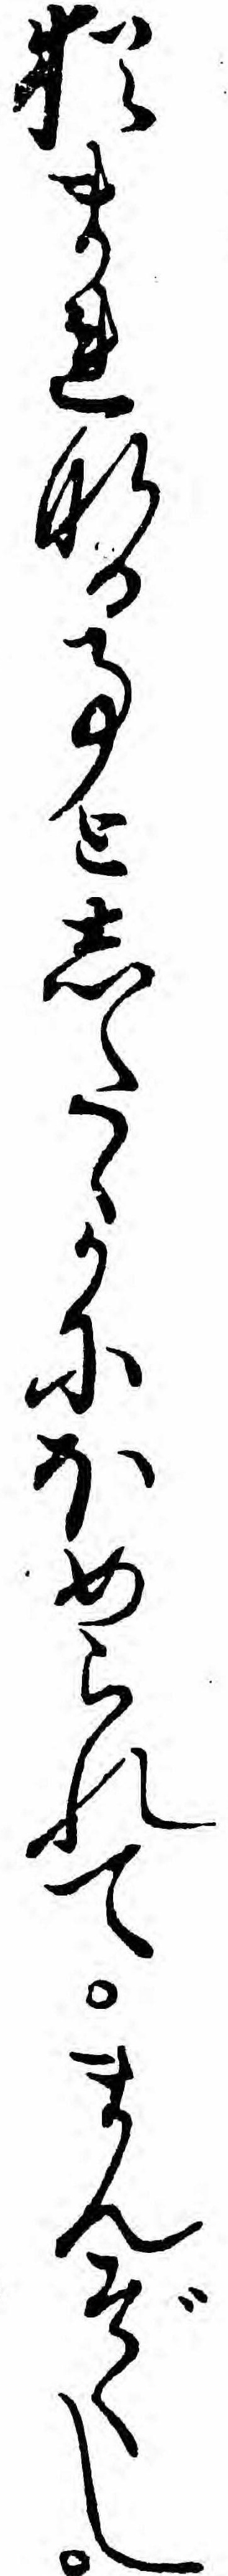
猶まれなる事としたゝかにほめられてまんぞくし